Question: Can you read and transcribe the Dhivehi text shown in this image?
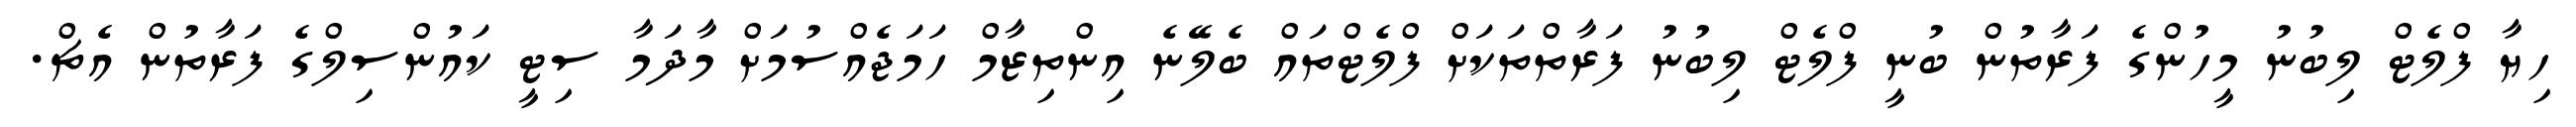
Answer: ހިޔާ ފްލެޓް ލިބުނު މީހުންގެ ފަރާތުން ބުނީ ފްލެޓް ލިބުނު ފަރާތްތަކަށް ފްލެޓްތައް ބެލޭނެ އިންތިޒާމް ހަމަޖެއްސުމަށް މާދަމާ ސިޓީ ކައުންސިލްގެ ފަރާތުން އެޗް.